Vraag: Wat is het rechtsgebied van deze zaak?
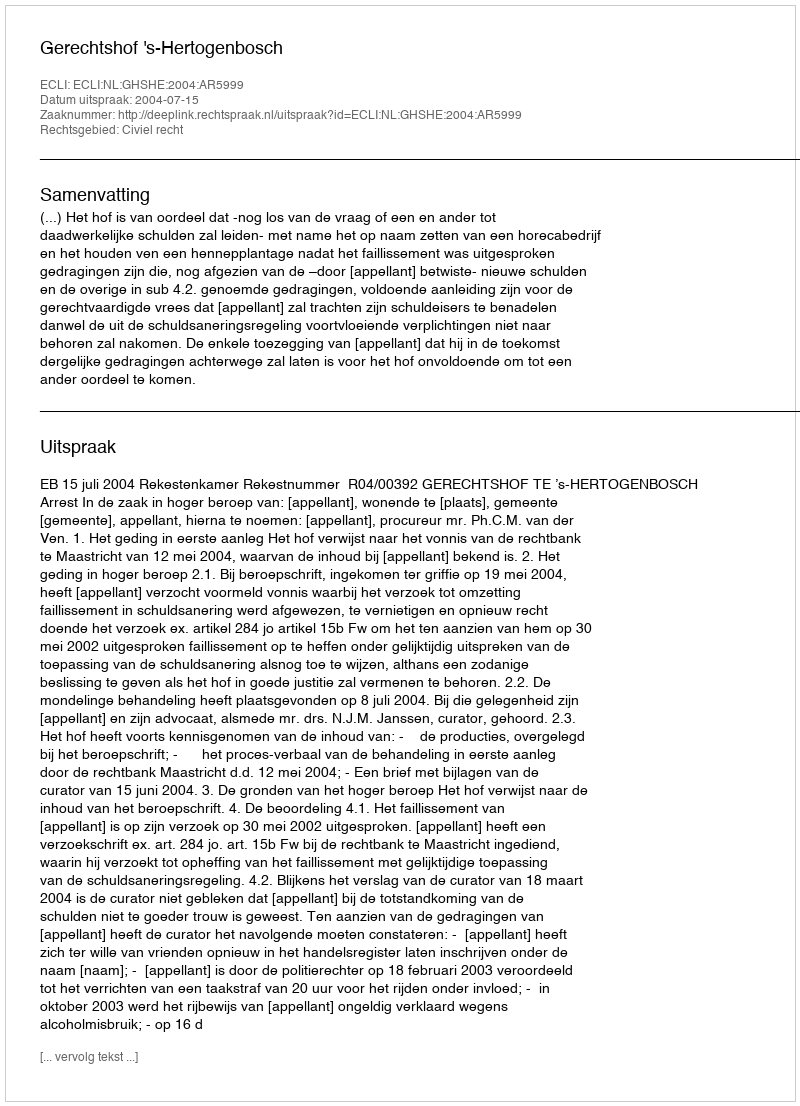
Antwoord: Civiel recht